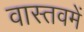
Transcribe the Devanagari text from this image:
वास्तवमें